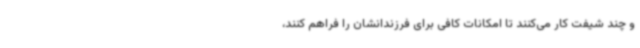
و چند شیفت کار می‌کنند تا امکانات کافی برای فرزندانشان را فراهم کنند،